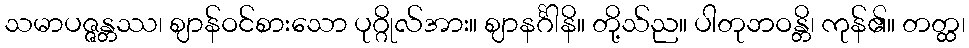
သမာပဇ္ဇန္တဿ၊ ဈာန်ဝင်စားသော ပုဂ္ဂိုလ်အား။ ဈာနင်္ဂါနိ။ တို့သ်ည။ ပါတုဘဝန္တိ၊ ကုန်၏။ တတ္ထ၊